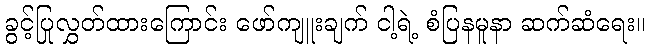
ခွင့်ပြုလွှတ်ထားကြောင်း ဖော်ကျူးချက် ငါ့ရဲ့ စံပြနမူနာ ဆက်ဆံရေး။